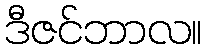
ဒီဇင်ဘာလ။